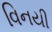
વિનયી